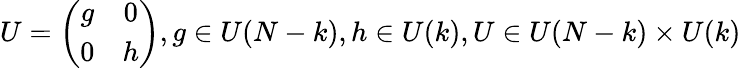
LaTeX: U=\left(\begin{array}{cc}{{g}}&{{0}}\\ {{0}}&{{h}}\end{array}\right),g\in U(N-k),h\in U(k),U\in U(N-k)\times U(k)